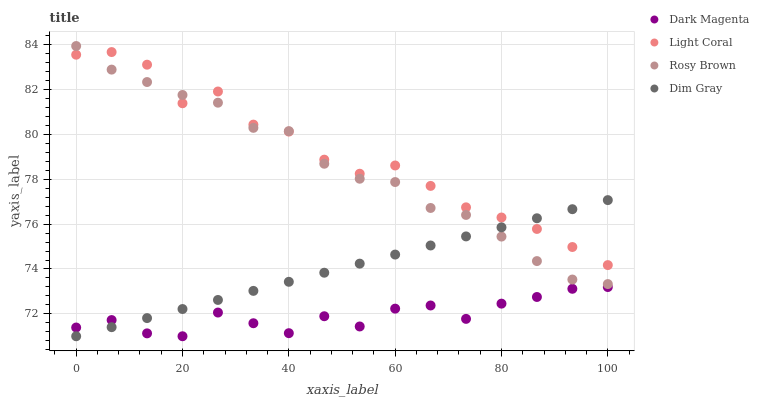
| xaxis_label | Dark Magenta | Light Coral | Rosy Brown | Dim Gray |
 | --- | --- | --- | --- | --- |
 | 0 | 71.4 | 83.6 | 83.9 | 71 |
 | 6.67 | 71.7 | 83.7 | 82.9 | 71.4 |
 | 13.3 | 71.1 | 83.1 | 82.3 | 71.8 |
 | 20 | 71 | 81.4 | 81.8 | 72.2 |
 | 26.7 | 72.1 | 81.9 | 81.4 | 72.6 |
 | 33.3 | 71.6 | 80.4 | 80.3 | 73 |
 | 40 | 71.1 | 80.1 | 80.1 | 73.4 |
 | 46.7 | 71.9 | 78.9 | 78.7 | 73.8 |
 | 53.3 | 71.4 | 78.2 | 78 | 74.2 |
 | 60 | 72.2 | 78.6 | 77.9 | 74.6 |
 | 66.7 | 72.4 | 77.7 | 76.7 | 75 |
 | 73.3 | 71.8 | 76.7 | 76.4 | 75.5 |
 | 80 | 72.5 | 76.3 | 75.4 | 75.9 |
 | 86.7 | 72.8 | 75.8 | 74.4 | 76.3 |
 | 93.3 | 73.1 | 75 | 73.5 | 76.7 |
 | 100 | 73.2 | 74.2 | 73.3 | 77.1 |